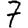
Digit: 7